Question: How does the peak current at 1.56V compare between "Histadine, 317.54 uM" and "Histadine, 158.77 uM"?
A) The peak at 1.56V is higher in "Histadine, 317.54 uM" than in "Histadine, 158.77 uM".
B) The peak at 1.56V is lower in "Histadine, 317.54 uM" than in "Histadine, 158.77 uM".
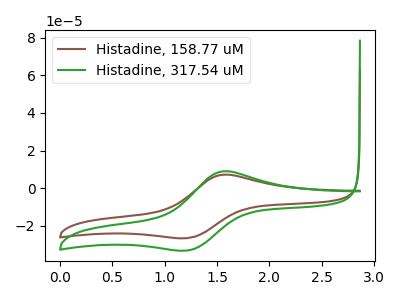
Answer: <think>The brown curve "Histadine, 158.77 uM" has an anodic peak at (1.55V, 7.20uA) and a cathodic peak at (1.20V, -26.40uA). The green curve "Histadine, 317.54 uM" has an anodic peak at (1.55V, 9.00uA) and a cathodic peak at (1.20V, -32.95uA).</think>
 <answer>A) The peak at 1.56V is higher in "Histadine, 317.54 uM" than in "Histadine, 158.77 uM".</answer>
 <eval>A</eval>